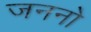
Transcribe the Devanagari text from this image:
जननो